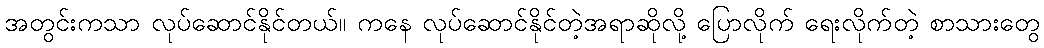
အတွင်းကသာ လုပ်ဆောင်နိုင်တယ်။ ကနေ လုပ်ဆောင်နိုင်တဲ့အရာဆိုလို့ ပြောလိုက် ရေးလိုက်တဲ့ စာသားတွေ